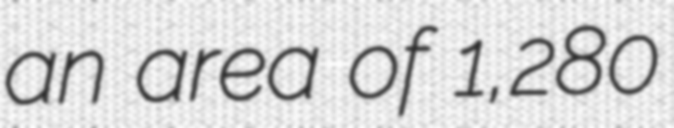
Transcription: an area of 1,280